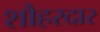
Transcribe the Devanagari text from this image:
शौहरदार